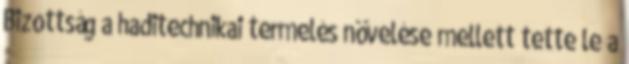
Bizottság a haditechnikai termelés növelése mellett tette le a